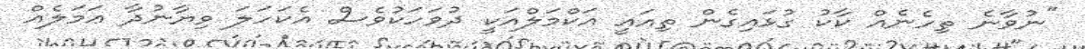
"ނުވާނެ ތިހެނެއް ކާކު ގުޅައިގެން ތިއައީ އަކްމަލްއަކީ ދުވަހަކުވެސް އެކަހަލަ ވިޔާނުދާ ޢަމަލެއް